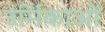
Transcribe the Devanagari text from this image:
उर्मिकाओं